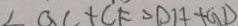
\angle a c + C F > D H + G D